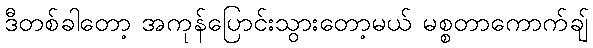
ဒီတစ်ခါတော့ အကုန်ပြောင်းသွားတော့မယ် မစ္စတာကောက်ချ်